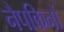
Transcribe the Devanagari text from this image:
नैपकिनों